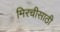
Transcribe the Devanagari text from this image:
मिरचीसाठी